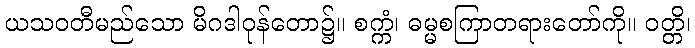
ယသဝတီမည်သော မိဂဒါဝုန်တော၌။ စက္ကံ၊ ဓမ္မစကြာတရားတော်ကို။ ဝတ္တိ၊